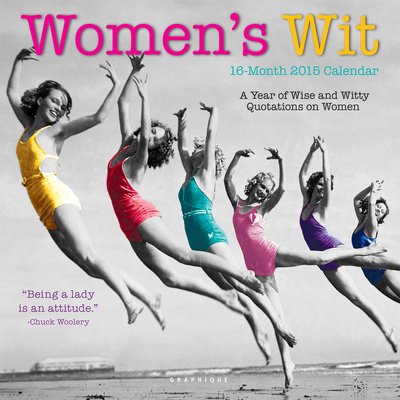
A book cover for Womens Wit 2015 Calendar: A Year of Wise and Witty Quotations on Women (Multilingual Edition); Calendars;